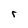
Character: r